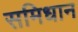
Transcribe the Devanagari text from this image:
समिधान